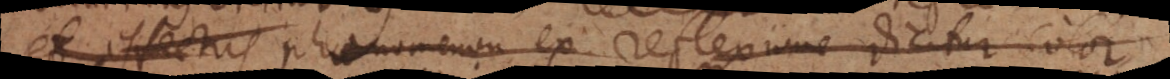
et effectus phaenomenon ex reflexione dicitur color